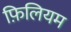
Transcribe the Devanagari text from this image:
फ़िलियम